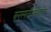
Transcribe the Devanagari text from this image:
वनस्पतीशास्त्राचा